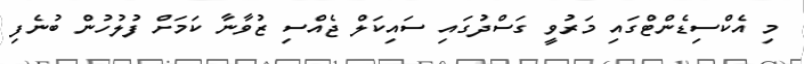
މި އެކްސިޑެންޓްގައި މަރުވީ ގަސްދުގައި ސައިކަލް ޖެއްސި ޒުވާނާ ކަމަށް ފުލުހުން ބުނެފި